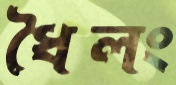
ধৈলং